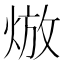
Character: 𤊦